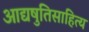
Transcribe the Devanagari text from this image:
आद्यषुतिसाहित्य